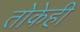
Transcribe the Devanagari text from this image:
तोकेही